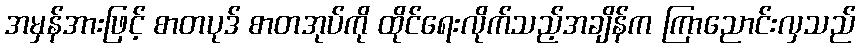
အမှန်အားဖြင့် စာတပုဒ် စာတအုပ်ကို ထိုင်ရေးလိုက်သည့်အချိန်က ကြာညောင်းလှသည်